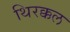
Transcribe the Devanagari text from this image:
थिरक्कल